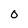
Character: 0